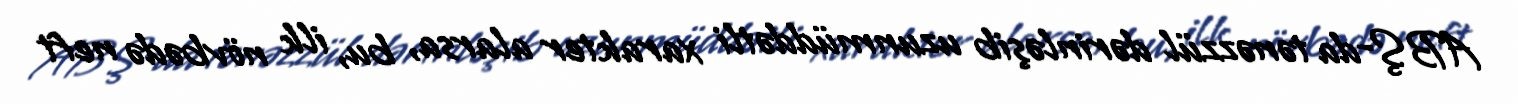
ABŞ-da tənəzzül dərinləşib uzunmüddətli xarakter alarsa, bu, ilk növbədə neft